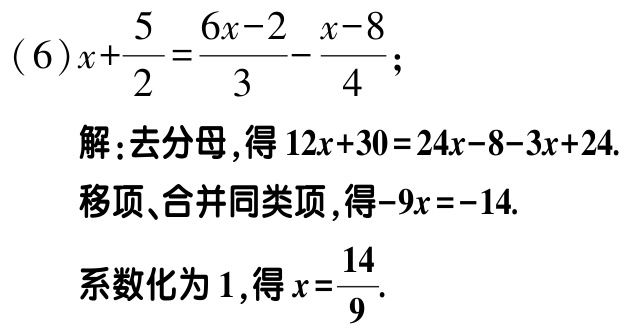
\((6)x+\frac{5}{2}=\frac{6x - 2}{3}-\frac{x - 8}{4};\)

解:去分母,得\(12x + 30 = 24x - 8 - 3x + 24.\)

移项、合并同类项,得\(-9x = -14.\)

系数化为\(1\),得\(x=\frac{14}{9}.\)